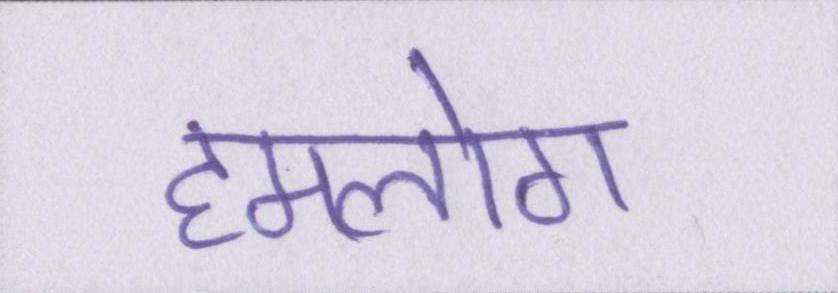
हमलोग